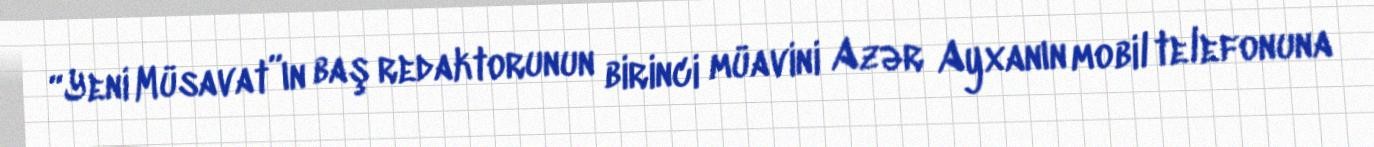
“Yeni Müsavat”ın baş redaktorunun birinci müavini Azər Ayxanın mobil telefonuna